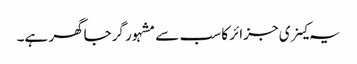
یہ کینری جزائر کا سب سے مشہور گرجاگھر ہے۔